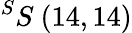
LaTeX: ^{S}S\ (14,14)